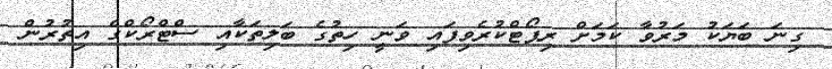
ގިނަ ބަޔަކު މަރުވާ ކަމަށް ރިޕޯޓްކުރެވިފައި ވަނީ ހިތުގެ ބަލިތަކާއި ސްޓްރޯކްގެ އިތުރުން